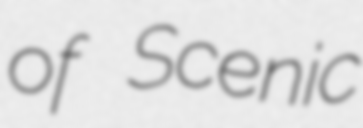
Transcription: of Scenic